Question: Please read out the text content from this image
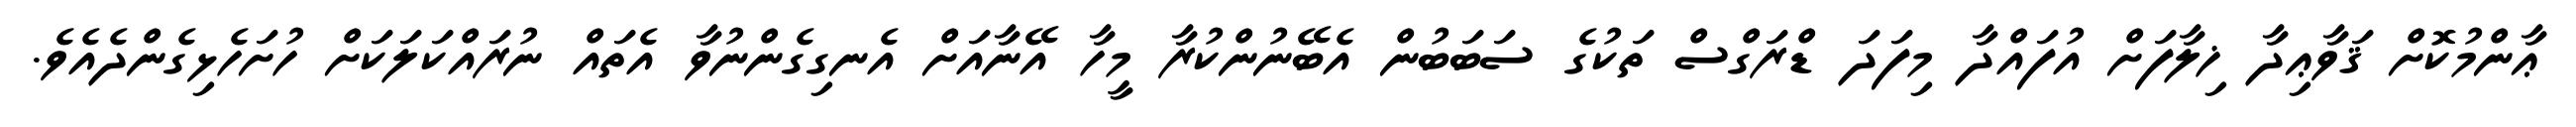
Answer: ޢާންމުކޮށް ޤަވާޢިދާ ޚިލާފަށް އުފައްދާ މިފަދަ ޑްރަގްސް ތަކުގެ ސަބަބުން އެބޭނުންކުރާ މީހާ އޭނާއަށް އެނގިގެންނުވާ އެތައް ނުރައްކަލަކަށް ހުށަހެޅިގެންދެއެވެ.